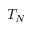
T _ { N }